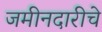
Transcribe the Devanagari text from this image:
जमीनदारीचे